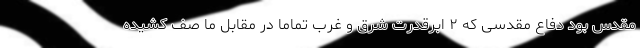
مقدس بود دفاع مقدسی که ۲ ابرقدرت شرق و غرب تماما در مقابل ما صف کشیده